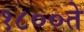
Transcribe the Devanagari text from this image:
१८००ते